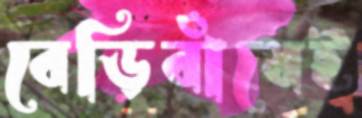
বেড়িবাঁধেই